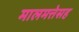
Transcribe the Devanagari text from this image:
मालमत्तेसह